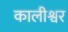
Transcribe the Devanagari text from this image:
कालीश्वर